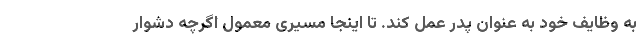
به وظایف خود به عنوان پدر عمل کند. تا اینجا مسیری معمول اگرچه دشوار